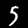
Digit: 5